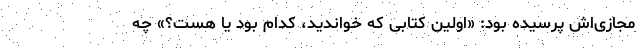
مجازی‌اش پرسیده بود: «اولین کتابی که خواندید، کدام بود یا هست؟» چه